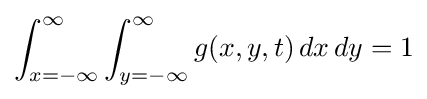
\int _{x=-\infty }^{\infty }\int _{y=-\infty }^{\infty }g(x,y,t)\,dx\,dy=1